Alma_Vaarman, lk 14
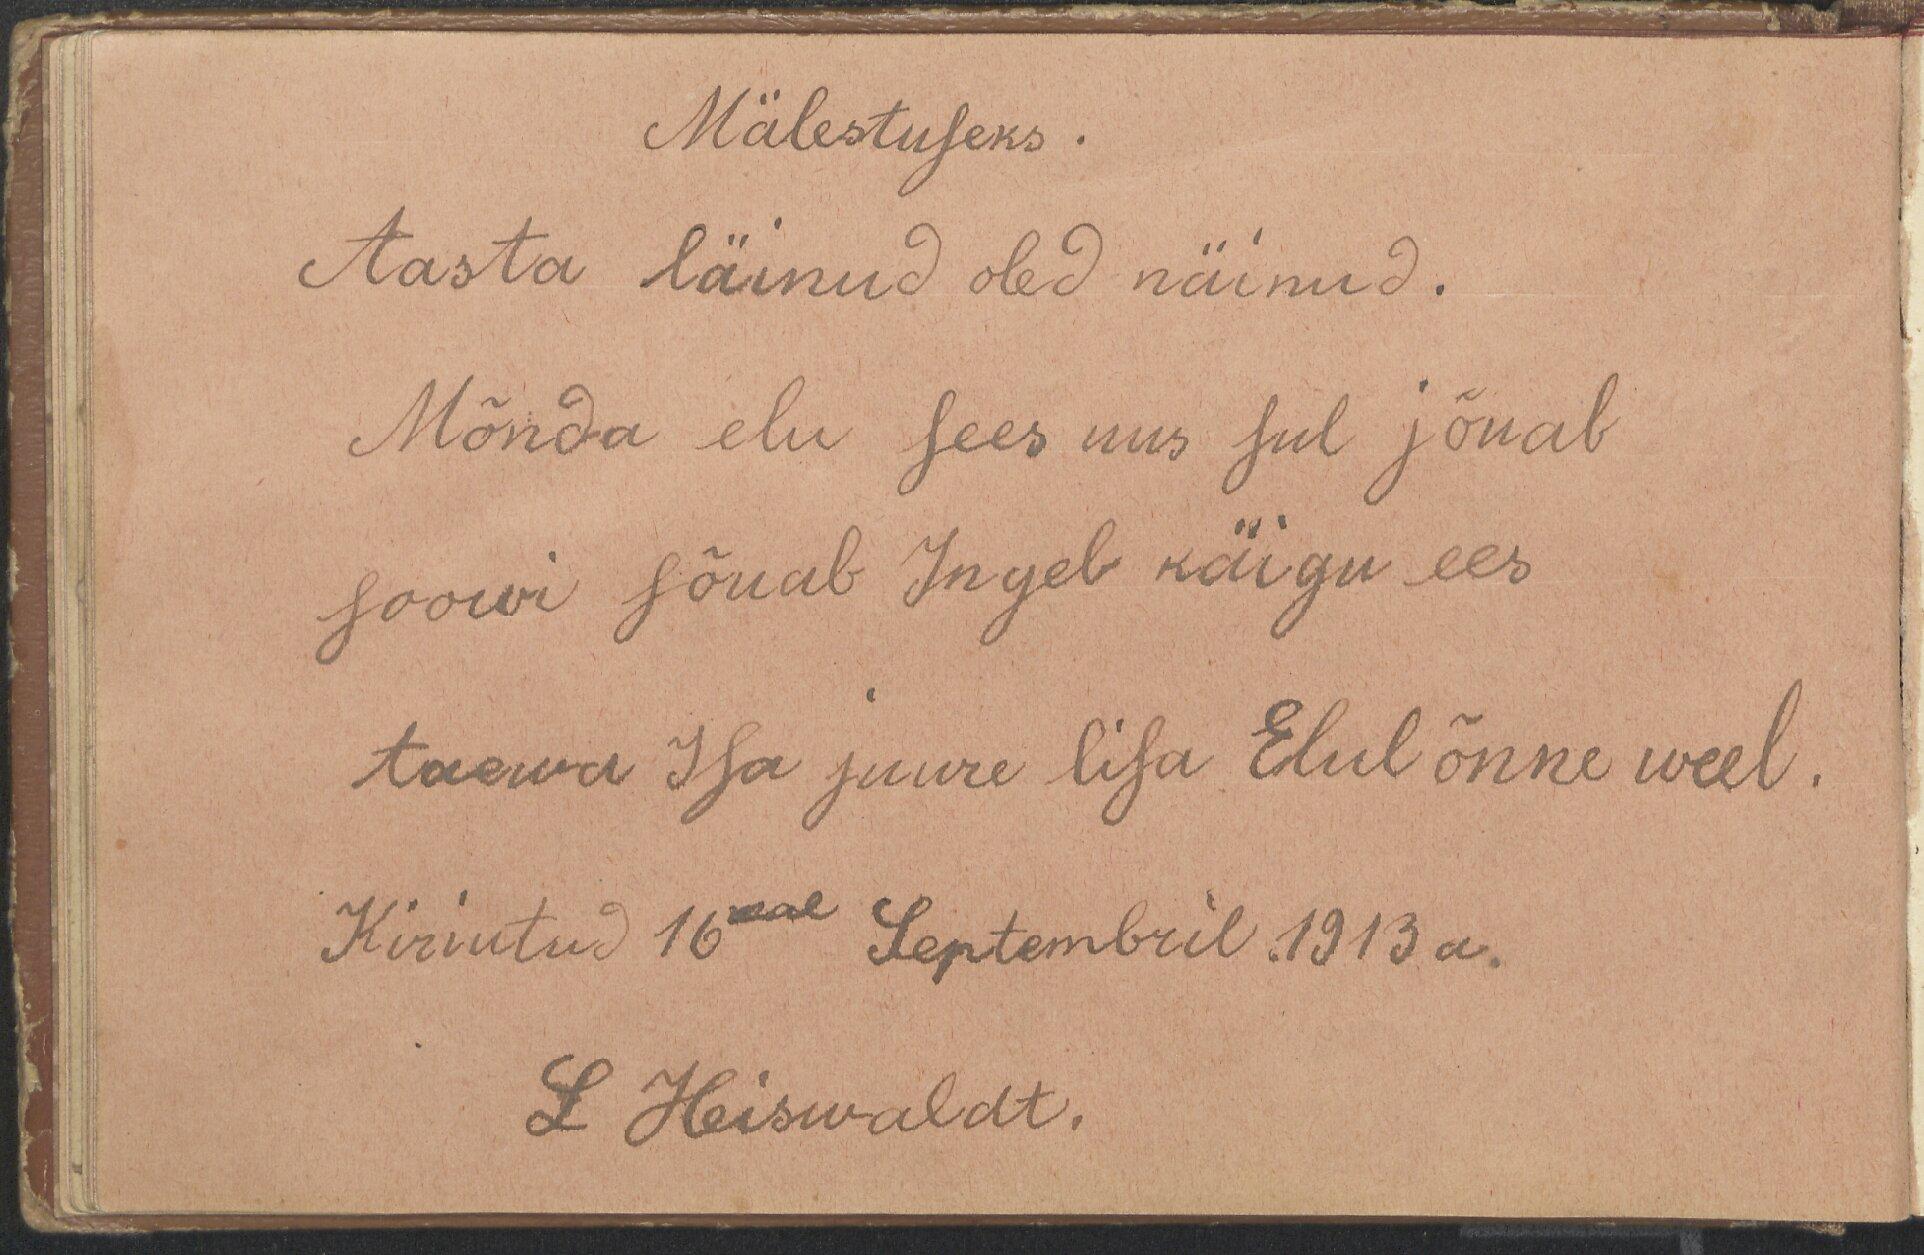
Mälestuseks.
Aasta läinud oled näinud.
Mõnda elu sees uus sul jõuab
soowi sõuab Ingel käigu ees
taewa Isa juure lisa Elul õnne weel
Kirjutud 16mal Septembril 1913 a.
L Heiswaldt.